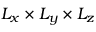
L _ { x } \times L _ { y } \times L _ { z }